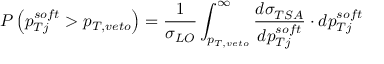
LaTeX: P \left( p _ { T j } ^ { s o f t } > p _ { T , v e t o } \right) = { \frac { 1 } { \sigma _ { L O } } } \int _ { p _ { T , v e t o } } ^ { \infty } { \frac { d \sigma _ { T S A } } { d p _ { T j } ^ { s o f t } } } \cdot d p _ { T j } ^ { s o f t }